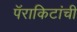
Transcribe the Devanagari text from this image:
पॅराकिटांची